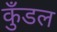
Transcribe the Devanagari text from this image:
कुँडल